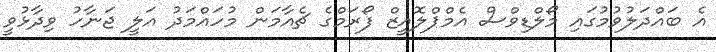
އެ ބައްދަލުވުމުގައި މޯލްޑިވްސް އެމްޕްލޮއީޒް ފޯރަމްގެ ޗެއާމަން މުހައްމަދު އަލީ ޖަނާހު ވިދާޅުވީ